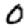
Digit: 0